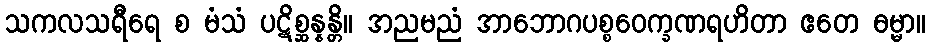
သကလသရီရေ စ မံသံ ပဋိစ္ဆန္နန္တိ။ အညမညံ အာဘောဂပစ္စဝေက္ခဏရဟိတာ ဧတေ ဓမ္မာ။